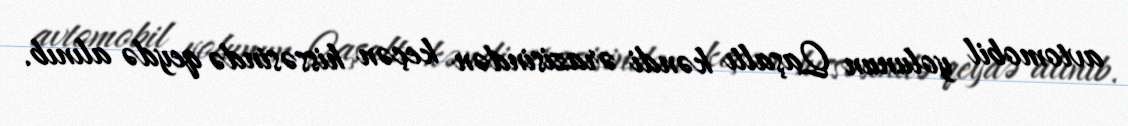
avtomobil yolunun Qaşaltı kəndi ərazisindən keçən hissəsində qeydə alınıb.